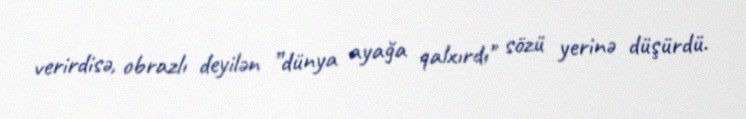
verirdisə, obrazlı deyilən ”dünya ayağa qalxırdı" sözü yerinə düşürdü.